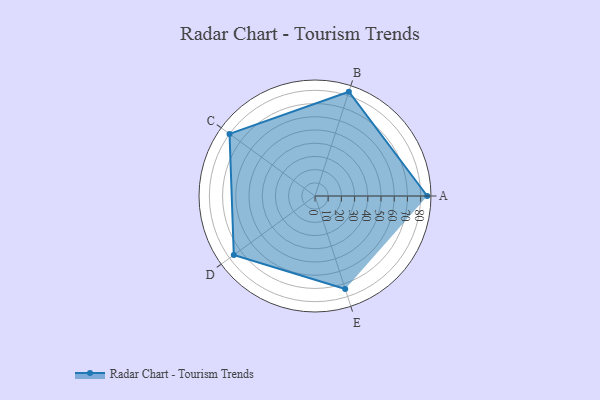
{"axis": {"x": "Skill", "y": "Score"}, "legend": ["Profile"], "data": [{"x": "A", "y": 85.0, "type": "Profile"}, {"x": "B", "y": 83.0, "type": "Profile"}, {"x": "C", "y": 80.0, "type": "Profile"}, {"x": "D", "y": 76.0, "type": "Profile"}, {"x": "E", "y": 74.0, "type": "Profile"}]}